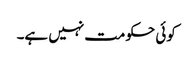
کوئی حکومت نہیں ہے۔